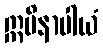
ဣမိနာပါယံ